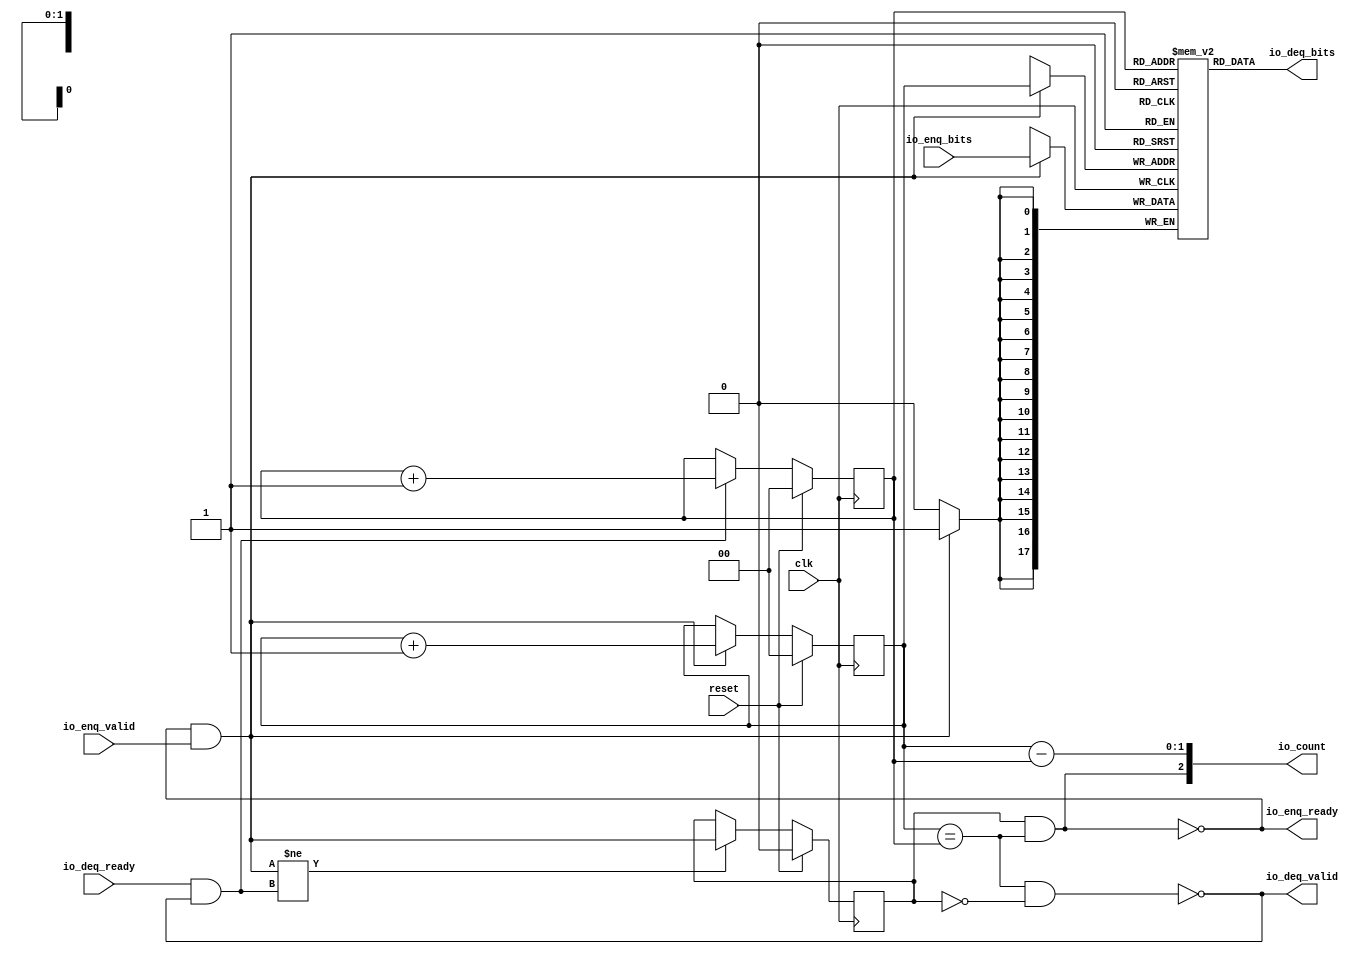
module Queue(input clk, input reset,
    output io_enq_ready,
    input  io_enq_valid,
    input [17:0] io_enq_bits,
    input  io_deq_ready,
    output io_deq_valid,
    output[17:0] io_deq_bits,
    output[2:0] io_count
);

  wire[2:0] T0;
  wire[1:0] ptr_diff;
  reg [1:0] R1;
  wire[1:0] T15;
  wire[1:0] T2;
  wire[1:0] T3;
  wire do_deq;
  reg [1:0] R4;
  wire[1:0] T16;
  wire[1:0] T5;
  wire[1:0] T6;
  wire do_enq;
  wire T7;
  wire ptr_match;
  reg  maybe_full;
  wire T17;
  wire T8;
  wire T9;
  wire[17:0] T10;
  reg [17:0] ram [3:0];
  wire[17:0] T11;
  wire T12;
  wire empty;
  wire T13;
  wire T14;
  wire full;

`ifndef SYNTHESIS
// synthesis translate_off
  integer initvar;
  initial begin
    #0.002;
    R1 = {1{$random}};
    R4 = {1{$random}};
    maybe_full = {1{$random}};
    for (initvar = 0; initvar < 4; initvar = initvar+1)
      ram[initvar] = {1{$random}};
  end
// synthesis translate_on
`endif

  assign io_count = T0;
  assign T0 = {T7, ptr_diff};
  assign ptr_diff = R4 - R1;
  assign T15 = reset ? 2'h0 : T2;
  assign T2 = do_deq ? T3 : R1;
  assign T3 = R1 + 2'h1;
  assign do_deq = io_deq_ready & io_deq_valid;
  assign T16 = reset ? 2'h0 : T5;
  assign T5 = do_enq ? T6 : R4;
  assign T6 = R4 + 2'h1;
  assign do_enq = io_enq_ready & io_enq_valid;
  assign T7 = maybe_full & ptr_match;
  assign ptr_match = R4 == R1;
  assign T17 = reset ? 1'h0 : T8;
  assign T8 = T9 ? do_enq : maybe_full;
  assign T9 = do_enq != do_deq;
  assign io_deq_bits = T10;
  assign T10 = ram[R1];
  assign io_deq_valid = T12;
  assign T12 = empty ^ 1'h1;
  assign empty = ptr_match & T13;
  assign T13 = maybe_full ^ 1'h1;
  assign io_enq_ready = T14;
  assign T14 = full ^ 1'h1;
  assign full = ptr_match & maybe_full;

  always @(posedge clk) begin
    if(reset) begin
      R1 <= 2'h0;
    end else if(do_deq) begin
      R1 <= T3;
    end
    if(reset) begin
      R4 <= 2'h0;
    end else if(do_enq) begin
      R4 <= T6;
    end
    if(reset) begin
      maybe_full <= 1'h0;
    end else if(T9) begin
      maybe_full <= do_enq;
    end
    if (do_enq)
      ram[R4] <= io_enq_bits;
  end
endmodule

module RingDemux(input clk, input reset,
    input [9:0] io_id,
    output io_in_ready,
    input  io_in_valid,
    input [17:0] io_in_bits,
    input  io_out0_ready,
    output io_out0_valid,
    output[17:0] io_out0_bits,
    input  io_out1_ready,
    output io_out1_valid,
    output[17:0] io_out1_bits
);

  wire T0;
  wire T1;
  wire T2;
  wire T3;
  wire in_out1;
  wire in_out0;
  wire[9:0] in_dest;
  wire T4;
  wire T5;
  reg [1:0] in_worm;
  wire[1:0] T37;
  wire[1:0] nxt_in_worm;
  wire[1:0] T6;
  wire[1:0] T7;
  wire[1:0] T8;
  wire[1:0] T9;
  wire T10;
  wire T11;
  wire T12;
  wire T13;
  wire in_is_last;
  wire T14;
  wire[1:0] in_type;
  wire T15;
  wire T16;
  wire T17;
  wire T18;
  wire T19;
  wire T20;
  wire T21;
  wire T22;
  wire T23;
  wire T24;
  wire T25;
  wire T26;
  wire T27;
  wire T28;
  wire T29;
  wire T30;
  wire T31;
  wire T32;
  wire T33;
  wire T34;
  wire T35;
  wire T36;

`ifndef SYNTHESIS
// synthesis translate_off
  integer initvar;
  initial begin
    #0.002;
    in_worm = {1{$random}};
  end
// synthesis translate_on
`endif

  assign io_out1_bits = io_in_bits;
  assign io_out1_valid = T0;
  assign T0 = T26 ? io_in_valid : T1;
  assign T1 = T4 ? T2 : 1'h0;
  assign T2 = T3;
  assign T3 = in_out1;
  assign in_out1 = in_out0 ^ 1'h1;
  assign in_out0 = in_dest == io_id;
  assign in_dest = io_in_bits[4'hf:3'h6];
  assign T4 = T5 & io_in_valid;
  assign T5 = 2'h0 == in_worm;
  assign T37 = reset ? 2'h0 : nxt_in_worm;
  assign nxt_in_worm = T6;
  assign T6 = T23 ? 2'h0 : T7;
  assign T7 = T19 ? 2'h0 : T8;
  assign T8 = T15 ? 2'h2 : T9;
  assign T9 = T10 ? 2'h1 : in_worm;
  assign T10 = T12 & T11;
  assign T11 = in_out0 & io_out0_ready;
  assign T12 = T4 & T13;
  assign T13 = in_is_last ^ 1'h1;
  assign in_is_last = T14 == 1'h1;
  assign T14 = in_type[1'h0:1'h0];
  assign in_type = io_in_bits[5'h11:5'h10];
  assign T15 = T12 & T16;
  assign T16 = T18 & T17;
  assign T17 = in_out1 & io_out1_ready;
  assign T18 = T11 ^ 1'h1;
  assign T19 = T22 & T20;
  assign T20 = T21 & io_in_valid;
  assign T21 = in_is_last & io_out0_ready;
  assign T22 = 2'h1 == in_worm;
  assign T23 = T26 & T24;
  assign T24 = T25 & io_in_valid;
  assign T25 = in_is_last & io_out1_ready;
  assign T26 = 2'h2 == in_worm;
  assign io_out0_bits = io_in_bits;
  assign io_out0_valid = T27;
  assign T27 = T22 ? io_in_valid : T28;
  assign T28 = T4 ? T29 : 1'h0;
  assign T29 = T30;
  assign T30 = in_out0;
  assign io_in_ready = T31;
  assign T31 = T26 ? io_out1_ready : T32;
  assign T32 = T22 ? io_out0_ready : T33;
  assign T33 = T5 ? T34 : 1'h0;
  assign T34 = T36 | T35;
  assign T35 = in_out1 & io_out1_ready;
  assign T36 = in_out0 & io_out0_ready;

  always @(posedge clk) begin
    if(reset) begin
      in_worm <= 2'h0;
    end else begin
      in_worm <= nxt_in_worm;
    end
  end
endmodule

module RingMuxRR(input clk, input reset,
    output io_in0_ready,
    input  io_in0_valid,
    input [17:0] io_in0_bits,
    output io_in1_ready,
    input  io_in1_valid,
    input [17:0] io_in1_bits,
    input  io_out_ready,
    output io_out_valid,
    output[17:0] io_out_bits
);

  wire[17:0] T0;
  wire[17:0] T1;
  wire[17:0] T2;
  wire[17:0] T3;
  wire[17:0] T4;
  wire[17:0] T5;
  wire T6;
  wire T7;
  wire in0_is_first;
  wire T8;
  wire[1:0] in0_type;
  wire T9;
  reg [1:0] active;
  wire[1:0] T66;
  wire[1:0] nxt_active;
  wire[1:0] T10;
  wire[1:0] T11;
  wire[1:0] T12;
  wire[1:0] T13;
  wire[1:0] T14;
  wire[1:0] T15;
  wire[1:0] T16;
  wire[1:0] T17;
  wire T18;
  wire T19;
  wire in0_is_last;
  wire T20;
  wire T21;
  wire T22;
  wire T23;
  wire T24;
  wire T25;
  wire in1_is_last;
  wire T26;
  wire[1:0] in1_type;
  wire T27;
  wire T28;
  wire T29;
  wire T30;
  wire T31;
  wire T32;
  wire T33;
  wire T34;
  wire T35;
  wire T36;
  wire T37;
  wire T38;
  wire T39;
  wire T40;
  wire T41;
  wire T42;
  wire in1_is_first;
  wire T43;
  wire T44;
  wire T45;
  wire T46;
  wire T47;
  wire T48;
  wire T49;
  wire T50;
  wire T51;
  wire T52;
  wire T53;
  wire T54;
  wire T55;
  wire T56;
  wire T57;
  wire T58;
  wire T59;
  wire T60;
  wire T61;
  wire T62;
  wire T63;
  wire T64;
  wire T65;

`ifndef SYNTHESIS
// synthesis translate_off
  integer initvar;
  initial begin
    #0.002;
    active = {1{$random}};
  end
// synthesis translate_on
`endif

  assign io_out_bits = T0;
  assign T0 = T53 ? io_in1_bits : T1;
  assign T1 = T52 ? io_in0_bits : T2;
  assign T2 = T48 ? io_in0_bits : T3;
  assign T3 = T45 ? io_in1_bits : T4;
  assign T4 = T40 ? io_in1_bits : T5;
  assign T5 = T6 ? io_in0_bits : 18'h0;
  assign T6 = T9 & T7;
  assign T7 = io_in0_valid & in0_is_first;
  assign in0_is_first = T8 == 1'h1;
  assign T8 = in0_type[1'h1:1'h1];
  assign in0_type = io_in0_bits[5'h11:5'h10];
  assign T9 = 2'h0 == active;
  assign T66 = reset ? 2'h0 : nxt_active;
  assign nxt_active = T10;
  assign T10 = T37 ? 2'h0 : T11;
  assign T11 = T34 ? 2'h1 : T12;
  assign T12 = T32 ? 2'h3 : T13;
  assign T13 = T30 ? 2'h0 : T14;
  assign T14 = T27 ? 2'h3 : T15;
  assign T15 = T24 ? 2'h3 : T16;
  assign T16 = T22 ? 2'h1 : T17;
  assign T17 = T18 ? 2'h2 : active;
  assign T18 = T21 & T19;
  assign T19 = in0_is_last ^ 1'h1;
  assign in0_is_last = T20 == 1'h1;
  assign T20 = in0_type[1'h0:1'h0];
  assign T21 = T6 & io_out_ready;
  assign T22 = T21 & T23;
  assign T23 = T19 ^ 1'h1;
  assign T24 = T40 & T25;
  assign T25 = in1_is_last ^ 1'h1;
  assign in1_is_last = T26 == 1'h1;
  assign T26 = in1_type[1'h0:1'h0];
  assign in1_type = io_in1_bits[5'h11:5'h10];
  assign T27 = T29 & T28;
  assign T28 = in1_is_last ^ 1'h1;
  assign T29 = T45 & io_out_ready;
  assign T30 = T29 & T31;
  assign T31 = T28 ^ 1'h1;
  assign T32 = T48 & T33;
  assign T33 = in0_is_last ^ 1'h1;
  assign T34 = T52 & T35;
  assign T35 = T36 & in0_is_last;
  assign T36 = io_in0_valid & io_out_ready;
  assign T37 = T53 & T38;
  assign T38 = T39 & in1_is_last;
  assign T39 = io_in1_valid & io_out_ready;
  assign T40 = T9 & T41;
  assign T41 = T44 & T42;
  assign T42 = io_in1_valid & in1_is_first;
  assign in1_is_first = T43 == 1'h1;
  assign T43 = in1_type[1'h1:1'h1];
  assign T44 = T7 ^ 1'h1;
  assign T45 = T47 & T46;
  assign T46 = io_in1_valid & in1_is_first;
  assign T47 = 2'h1 == active;
  assign T48 = T47 & T49;
  assign T49 = T51 & T50;
  assign T50 = io_in0_valid & in0_is_first;
  assign T51 = T46 ^ 1'h1;
  assign T52 = 2'h2 == active;
  assign T53 = 2'h3 == active;
  assign io_out_valid = T54;
  assign T54 = T53 ? io_in1_valid : T55;
  assign T55 = T52 ? io_in0_valid : T56;
  assign T56 = T48 ? io_in0_valid : T57;
  assign T57 = T45 ? io_in1_valid : T58;
  assign T58 = T40 ? io_in1_valid : T59;
  assign T59 = T6 ? io_in0_valid : 1'h0;
  assign io_in1_ready = T60;
  assign T60 = T53 ? io_out_ready : T61;
  assign T61 = T45 ? io_out_ready : T62;
  assign T62 = T40 ? io_out_ready : 1'h0;
  assign io_in0_ready = T63;
  assign T63 = T52 ? io_out_ready : T64;
  assign T64 = T48 ? io_out_ready : T65;
  assign T65 = T6 ? io_out_ready : 1'h0;

  always @(posedge clk) begin
    if(reset) begin
      active <= 2'h0;
    end else begin
      active <= nxt_active;
    end
  end
endmodule

module RingMux(input clk, input reset,
    output io_in0_ready,
    input  io_in0_valid,
    input [17:0] io_in0_bits,
    output io_in1_ready,
    input  io_in1_valid,
    input [17:0] io_in1_bits,
    input  io_out_ready,
    output io_out_valid,
    output[17:0] io_out_bits
);

  wire[17:0] T0;
  wire[17:0] T1;
  wire[17:0] T2;
  wire[17:0] T3;
  wire T4;
  wire T5;
  wire in0_is_first;
  wire T6;
  wire[1:0] in0_type;
  wire T7;
  reg [1:0] active;
  wire[1:0] T40;
  wire[1:0] nxt_active;
  wire[1:0] T8;
  wire[1:0] T9;
  wire[1:0] T10;
  wire[1:0] T11;
  wire T12;
  wire T13;
  wire in0_is_last;
  wire T14;
  wire T15;
  wire T16;
  wire T17;
  wire in1_is_last;
  wire T18;
  wire[1:0] in1_type;
  wire T19;
  wire T20;
  wire T21;
  wire T22;
  wire T23;
  wire T24;
  wire T25;
  wire T26;
  wire T27;
  wire in1_is_first;
  wire T28;
  wire T29;
  wire T30;
  wire T31;
  wire T32;
  wire T33;
  wire T34;
  wire T35;
  wire T36;
  wire T37;
  wire T38;
  wire T39;

`ifndef SYNTHESIS
// synthesis translate_off
  integer initvar;
  initial begin
    #0.002;
    active = {1{$random}};
  end
// synthesis translate_on
`endif

  assign io_out_bits = T0;
  assign T0 = T31 ? io_in1_bits : T1;
  assign T1 = T30 ? io_in0_bits : T2;
  assign T2 = T25 ? io_in1_bits : T3;
  assign T3 = T4 ? io_in0_bits : 18'h0;
  assign T4 = T7 & T5;
  assign T5 = io_in0_valid & in0_is_first;
  assign in0_is_first = T6 == 1'h1;
  assign T6 = in0_type[1'h1:1'h1];
  assign in0_type = io_in0_bits[5'h11:5'h10];
  assign T7 = 2'h0 == active;
  assign T40 = reset ? 2'h0 : nxt_active;
  assign nxt_active = T8;
  assign T8 = T22 ? 2'h0 : T9;
  assign T9 = T19 ? 2'h0 : T10;
  assign T10 = T15 ? 2'h2 : T11;
  assign T11 = T12 ? 2'h1 : active;
  assign T12 = T4 & T13;
  assign T13 = in0_is_last ^ 1'h1;
  assign in0_is_last = T14 == 1'h1;
  assign T14 = in0_type[1'h0:1'h0];
  assign T15 = T25 & T16;
  assign T16 = T17 & io_out_ready;
  assign T17 = in1_is_last ^ 1'h1;
  assign in1_is_last = T18 == 1'h1;
  assign T18 = in1_type[1'h0:1'h0];
  assign in1_type = io_in1_bits[5'h11:5'h10];
  assign T19 = T30 & T20;
  assign T20 = T21 & in0_is_last;
  assign T21 = io_in0_valid & io_out_ready;
  assign T22 = T31 & T23;
  assign T23 = T24 & in1_is_last;
  assign T24 = io_in1_valid & io_out_ready;
  assign T25 = T7 & T26;
  assign T26 = T29 & T27;
  assign T27 = io_in1_valid & in1_is_first;
  assign in1_is_first = T28 == 1'h1;
  assign T28 = in1_type[1'h1:1'h1];
  assign T29 = T5 ^ 1'h1;
  assign T30 = 2'h1 == active;
  assign T31 = 2'h2 == active;
  assign io_out_valid = T32;
  assign T32 = T31 ? io_in1_valid : T33;
  assign T33 = T30 ? io_in0_valid : T34;
  assign T34 = T25 ? io_in1_valid : T35;
  assign T35 = T4 ? io_in0_valid : 1'h0;
  assign io_in1_ready = T36;
  assign T36 = T31 ? io_out_ready : T37;
  assign T37 = T25 ? io_out_ready : 1'h0;
  assign io_in0_ready = T38;
  assign T38 = T30 ? io_out_ready : T39;
  assign T39 = T4 ? io_out_ready : 1'h0;

  always @(posedge clk) begin
    if(reset) begin
      active <= 2'h0;
    end else begin
      active <= nxt_active;
    end
  end
endmodule

module RingRouter(input clk, input reset,
    input [9:0] io_id,
    output io_ring_in0_ready,
    input  io_ring_in0_valid,
    input [17:0] io_ring_in0_bits,
    output io_ring_in1_ready,
    input  io_ring_in1_valid,
    input [17:0] io_ring_in1_bits,
    input  io_ring_out0_ready,
    output io_ring_out0_valid,
    output[17:0] io_ring_out0_bits,
    input  io_ring_out1_ready,
    output io_ring_out1_valid,
    output[17:0] io_ring_out1_bits,
    output io_in_ready,
    input  io_in_valid,
    input [17:0] io_in_bits,
    input  io_out_ready,
    output io_out_valid,
    output[17:0] io_out_bits
);

  wire buffer_ring0_io_enq_ready;
  wire buffer_ring0_io_deq_valid;
  wire[17:0] buffer_ring0_io_deq_bits;
  wire buffer_ring1_io_enq_ready;
  wire buffer_ring1_io_deq_valid;
  wire[17:0] buffer_ring1_io_deq_bits;
  wire buffer_local_io_enq_ready;
  wire buffer_local_io_deq_valid;
  wire[17:0] buffer_local_io_deq_bits;
  wire in0_demux_io_in_ready;
  wire in0_demux_io_out0_valid;
  wire[17:0] in0_demux_io_out0_bits;
  wire in0_demux_io_out1_valid;
  wire[17:0] in0_demux_io_out1_bits;
  wire in1_demux_io_in_ready;
  wire in1_demux_io_out0_valid;
  wire[17:0] in1_demux_io_out0_bits;
  wire in1_demux_io_out1_valid;
  wire[17:0] in1_demux_io_out1_bits;
  wire local_mux_io_in0_ready;
  wire local_mux_io_in1_ready;
  wire local_mux_io_out_valid;
  wire[17:0] local_mux_io_out_bits;
  wire out0_mux_io_in0_ready;
  wire out0_mux_io_in1_ready;
  wire out0_mux_io_out_valid;
  wire[17:0] out0_mux_io_out_bits;


  assign io_out_bits = buffer_local_io_deq_bits;
  assign io_out_valid = buffer_local_io_deq_valid;
  assign io_in_ready = out0_mux_io_in1_ready;
  assign io_ring_out1_bits = buffer_ring1_io_deq_bits;
  assign io_ring_out1_valid = buffer_ring1_io_deq_valid;
  assign io_ring_out0_bits = buffer_ring0_io_deq_bits;
  assign io_ring_out0_valid = buffer_ring0_io_deq_valid;
  assign io_ring_in1_ready = in1_demux_io_in_ready;
  assign io_ring_in0_ready = in0_demux_io_in_ready;
  Queue buffer_ring0(.clk(clk), .reset(reset),
       .io_enq_ready( buffer_ring0_io_enq_ready ),
       .io_enq_valid( out0_mux_io_out_valid ),
       .io_enq_bits( out0_mux_io_out_bits ),
       .io_deq_ready( io_ring_out0_ready ),
       .io_deq_valid( buffer_ring0_io_deq_valid ),
       .io_deq_bits( buffer_ring0_io_deq_bits )
       //.io_count(  )
  );
  Queue buffer_ring1(.clk(clk), .reset(reset),
       .io_enq_ready( buffer_ring1_io_enq_ready ),
       .io_enq_valid( in1_demux_io_out1_valid ),
       .io_enq_bits( in1_demux_io_out1_bits ),
       .io_deq_ready( io_ring_out1_ready ),
       .io_deq_valid( buffer_ring1_io_deq_valid ),
       .io_deq_bits( buffer_ring1_io_deq_bits )
       //.io_count(  )
  );
  Queue buffer_local(.clk(clk), .reset(reset),
       .io_enq_ready( buffer_local_io_enq_ready ),
       .io_enq_valid( local_mux_io_out_valid ),
       .io_enq_bits( local_mux_io_out_bits ),
       .io_deq_ready( io_out_ready ),
       .io_deq_valid( buffer_local_io_deq_valid ),
       .io_deq_bits( buffer_local_io_deq_bits )
       //.io_count(  )
  );
  RingDemux in0_demux(.clk(clk), .reset(reset),
       .io_id( io_id ),
       .io_in_ready( in0_demux_io_in_ready ),
       .io_in_valid( io_ring_in0_valid ),
       .io_in_bits( io_ring_in0_bits ),
       .io_out0_ready( local_mux_io_in0_ready ),
       .io_out0_valid( in0_demux_io_out0_valid ),
       .io_out0_bits( in0_demux_io_out0_bits ),
       .io_out1_ready( out0_mux_io_in0_ready ),
       .io_out1_valid( in0_demux_io_out1_valid ),
       .io_out1_bits( in0_demux_io_out1_bits )
  );
  RingDemux in1_demux(.clk(clk), .reset(reset),
       .io_id( io_id ),
       .io_in_ready( in1_demux_io_in_ready ),
       .io_in_valid( io_ring_in1_valid ),
       .io_in_bits( io_ring_in1_bits ),
       .io_out0_ready( local_mux_io_in1_ready ),
       .io_out0_valid( in1_demux_io_out0_valid ),
       .io_out0_bits( in1_demux_io_out0_bits ),
       .io_out1_ready( buffer_ring1_io_enq_ready ),
       .io_out1_valid( in1_demux_io_out1_valid ),
       .io_out1_bits( in1_demux_io_out1_bits )
  );
  RingMuxRR local_mux(.clk(clk), .reset(reset),
       .io_in0_ready( local_mux_io_in0_ready ),
       .io_in0_valid( in0_demux_io_out0_valid ),
       .io_in0_bits( in0_demux_io_out0_bits ),
       .io_in1_ready( local_mux_io_in1_ready ),
       .io_in1_valid( in1_demux_io_out0_valid ),
       .io_in1_bits( in1_demux_io_out0_bits ),
       .io_out_ready( buffer_local_io_enq_ready ),
       .io_out_valid( local_mux_io_out_valid ),
       .io_out_bits( local_mux_io_out_bits )
  );
  RingMux out0_mux(.clk(clk), .reset(reset),
       .io_in0_ready( out0_mux_io_in0_ready ),
       .io_in0_valid( in0_demux_io_out1_valid ),
       .io_in0_bits( in0_demux_io_out1_bits ),
       .io_in1_ready( out0_mux_io_in1_ready ),
       .io_in1_valid( io_in_valid ),
       .io_in1_bits( io_in_bits ),
       .io_out_ready( buffer_ring0_io_enq_ready ),
       .io_out_valid( out0_mux_io_out_valid ),
       .io_out_bits( out0_mux_io_out_bits )
  );
endmodule

module Ring(input clk, input reset,
    output io_ports_3_in_ready,
    input  io_ports_3_in_valid,
    input [17:0] io_ports_3_in_bits,
    input  io_ports_3_out_ready,
    output io_ports_3_out_valid,
    output[17:0] io_ports_3_out_bits,
    output io_ports_2_in_ready,
    input  io_ports_2_in_valid,
    input [17:0] io_ports_2_in_bits,
    input  io_ports_2_out_ready,
    output io_ports_2_out_valid,
    output[17:0] io_ports_2_out_bits,
    output io_ports_1_in_ready,
    input  io_ports_1_in_valid,
    input [17:0] io_ports_1_in_bits,
    input  io_ports_1_out_ready,
    output io_ports_1_out_valid,
    output[17:0] io_ports_1_out_bits,
    output io_ports_0_in_ready,
    input  io_ports_0_in_valid,
    input [17:0] io_ports_0_in_bits,
    input  io_ports_0_out_ready,
    output io_ports_0_out_valid,
    output[17:0] io_ports_0_out_bits
);

  reg[0:0] T0;
  wire RingRouter_io_ring_in1_ready;
  wire RingRouter_io_ring_out0_valid;
  wire[17:0] RingRouter_io_ring_out0_bits;
  wire RingRouter_io_ring_out1_valid;
  wire[17:0] RingRouter_io_ring_out1_bits;
  wire RingRouter_io_in_ready;
  wire RingRouter_io_out_valid;
  wire[17:0] RingRouter_io_out_bits;
  wire RingRouter_1_io_ring_in0_ready;
  wire RingRouter_1_io_ring_in1_ready;
  wire RingRouter_1_io_ring_out0_valid;
  wire[17:0] RingRouter_1_io_ring_out0_bits;
  wire RingRouter_1_io_ring_out1_valid;
  wire[17:0] RingRouter_1_io_ring_out1_bits;
  wire RingRouter_1_io_in_ready;
  wire RingRouter_1_io_out_valid;
  wire[17:0] RingRouter_1_io_out_bits;
  wire RingRouter_2_io_ring_in0_ready;
  wire RingRouter_2_io_ring_in1_ready;
  wire RingRouter_2_io_ring_out0_valid;
  wire[17:0] RingRouter_2_io_ring_out0_bits;
  wire RingRouter_2_io_ring_out1_valid;
  wire[17:0] RingRouter_2_io_ring_out1_bits;
  wire RingRouter_2_io_in_ready;
  wire RingRouter_2_io_out_valid;
  wire[17:0] RingRouter_2_io_out_bits;
  wire RingRouter_3_io_ring_in0_ready;
  wire RingRouter_3_io_ring_in1_ready;
  wire RingRouter_3_io_ring_out0_valid;
  wire[17:0] RingRouter_3_io_ring_out0_bits;
  wire RingRouter_3_io_in_ready;
  wire RingRouter_3_io_out_valid;
  wire[17:0] RingRouter_3_io_out_bits;

`ifndef SYNTHESIS
// synthesis translate_off
  integer initvar;
  initial begin
    #0.002;
    T0 = 1'b0;
  end
// synthesis translate_on
`endif

  assign io_ports_0_out_bits = RingRouter_io_out_bits;
  assign io_ports_0_out_valid = RingRouter_io_out_valid;
  assign io_ports_0_in_ready = RingRouter_io_in_ready;
  assign io_ports_1_out_bits = RingRouter_1_io_out_bits;
  assign io_ports_1_out_valid = RingRouter_1_io_out_valid;
  assign io_ports_1_in_ready = RingRouter_1_io_in_ready;
  assign io_ports_2_out_bits = RingRouter_2_io_out_bits;
  assign io_ports_2_out_valid = RingRouter_2_io_out_valid;
  assign io_ports_2_in_ready = RingRouter_2_io_in_ready;
  assign io_ports_3_out_bits = RingRouter_3_io_out_bits;
  assign io_ports_3_out_valid = RingRouter_3_io_out_valid;
  assign io_ports_3_in_ready = RingRouter_3_io_in_ready;
  RingRouter RingRouter(.clk(clk), .reset(reset),
       .io_id( 10'h0 ),
       //.io_ring_in0_ready(  )
       //.io_ring_in0_valid(  )
       //.io_ring_in0_bits(  )
       .io_ring_in1_ready( RingRouter_io_ring_in1_ready ),
       .io_ring_in1_valid( RingRouter_3_io_ring_out0_valid ),
       .io_ring_in1_bits( RingRouter_3_io_ring_out0_bits ),
       .io_ring_out0_ready( RingRouter_1_io_ring_in0_ready ),
       .io_ring_out0_valid( RingRouter_io_ring_out0_valid ),
       .io_ring_out0_bits( RingRouter_io_ring_out0_bits ),
       .io_ring_out1_ready( RingRouter_1_io_ring_in1_ready ),
       .io_ring_out1_valid( RingRouter_io_ring_out1_valid ),
       .io_ring_out1_bits( RingRouter_io_ring_out1_bits ),
       .io_in_ready( RingRouter_io_in_ready ),
       .io_in_valid( io_ports_0_in_valid ),
       .io_in_bits( io_ports_0_in_bits ),
       .io_out_ready( io_ports_0_out_ready ),
       .io_out_valid( RingRouter_io_out_valid ),
       .io_out_bits( RingRouter_io_out_bits )
  );
`ifndef SYNTHESIS
// synthesis translate_off
    assign RingRouter.io_ring_in0_valid = {1{$random}};
    assign RingRouter.io_ring_in0_bits = {1{$random}};
// synthesis translate_on
`endif
  RingRouter RingRouter_1(.clk(clk), .reset(reset),
       .io_id( 10'h1 ),
       .io_ring_in0_ready( RingRouter_1_io_ring_in0_ready ),
       .io_ring_in0_valid( RingRouter_io_ring_out0_valid ),
       .io_ring_in0_bits( RingRouter_io_ring_out0_bits ),
       .io_ring_in1_ready( RingRouter_1_io_ring_in1_ready ),
       .io_ring_in1_valid( RingRouter_io_ring_out1_valid ),
       .io_ring_in1_bits( RingRouter_io_ring_out1_bits ),
       .io_ring_out0_ready( RingRouter_2_io_ring_in0_ready ),
       .io_ring_out0_valid( RingRouter_1_io_ring_out0_valid ),
       .io_ring_out0_bits( RingRouter_1_io_ring_out0_bits ),
       .io_ring_out1_ready( RingRouter_2_io_ring_in1_ready ),
       .io_ring_out1_valid( RingRouter_1_io_ring_out1_valid ),
       .io_ring_out1_bits( RingRouter_1_io_ring_out1_bits ),
       .io_in_ready( RingRouter_1_io_in_ready ),
       .io_in_valid( io_ports_1_in_valid ),
       .io_in_bits( io_ports_1_in_bits ),
       .io_out_ready( io_ports_1_out_ready ),
       .io_out_valid( RingRouter_1_io_out_valid ),
       .io_out_bits( RingRouter_1_io_out_bits )
  );
  RingRouter RingRouter_2(.clk(clk), .reset(reset),
       .io_id( 10'h2 ),
       .io_ring_in0_ready( RingRouter_2_io_ring_in0_ready ),
       .io_ring_in0_valid( RingRouter_1_io_ring_out0_valid ),
       .io_ring_in0_bits( RingRouter_1_io_ring_out0_bits ),
       .io_ring_in1_ready( RingRouter_2_io_ring_in1_ready ),
       .io_ring_in1_valid( RingRouter_1_io_ring_out1_valid ),
       .io_ring_in1_bits( RingRouter_1_io_ring_out1_bits ),
       .io_ring_out0_ready( RingRouter_3_io_ring_in0_ready ),
       .io_ring_out0_valid( RingRouter_2_io_ring_out0_valid ),
       .io_ring_out0_bits( RingRouter_2_io_ring_out0_bits ),
       .io_ring_out1_ready( RingRouter_3_io_ring_in1_ready ),
       .io_ring_out1_valid( RingRouter_2_io_ring_out1_valid ),
       .io_ring_out1_bits( RingRouter_2_io_ring_out1_bits ),
       .io_in_ready( RingRouter_2_io_in_ready ),
       .io_in_valid( io_ports_2_in_valid ),
       .io_in_bits( io_ports_2_in_bits ),
       .io_out_ready( io_ports_2_out_ready ),
       .io_out_valid( RingRouter_2_io_out_valid ),
       .io_out_bits( RingRouter_2_io_out_bits )
  );
  RingRouter RingRouter_3(.clk(clk), .reset(reset),
       .io_id( 10'h3 ),
       .io_ring_in0_ready( RingRouter_3_io_ring_in0_ready ),
       .io_ring_in0_valid( RingRouter_2_io_ring_out0_valid ),
       .io_ring_in0_bits( RingRouter_2_io_ring_out0_bits ),
       .io_ring_in1_ready( RingRouter_3_io_ring_in1_ready ),
       .io_ring_in1_valid( RingRouter_2_io_ring_out1_valid ),
       .io_ring_in1_bits( RingRouter_2_io_ring_out1_bits ),
       .io_ring_out0_ready( RingRouter_io_ring_in1_ready ),
       .io_ring_out0_valid( RingRouter_3_io_ring_out0_valid ),
       .io_ring_out0_bits( RingRouter_3_io_ring_out0_bits ),
       //.io_ring_out1_ready(  )
       //.io_ring_out1_valid(  )
       //.io_ring_out1_bits(  )
       .io_in_ready( RingRouter_3_io_in_ready ),
       .io_in_valid( io_ports_3_in_valid ),
       .io_in_bits( io_ports_3_in_bits ),
       .io_out_ready( io_ports_3_out_ready ),
       .io_out_valid( RingRouter_3_io_out_valid ),
       .io_out_bits( RingRouter_3_io_out_bits )
  );
`ifndef SYNTHESIS
// synthesis translate_off
    assign RingRouter_3.io_ring_out1_ready = {1{$random}};
// synthesis translate_on
`endif

  always @(posedge clk) begin
`ifndef SYNTHESIS
// synthesis translate_off
  if(reset) T0 <= 1'b1;
  if(!1'h1 && T0 && !reset) begin
    $fwrite(32'h80000002, "ASSERTION FAILED: %s\n", "Too many ring ports");
    $finish;
  end
// synthesis translate_on
`endif
  end
endmodule